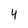
Character: 4